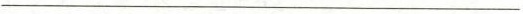
___